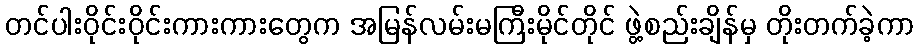
တင်ပါးဝိုင်းဝိုင်းကားကားတွေက အမြန်လမ်းမကြီးမိုင်တိုင် ဖွဲ့စည်းချိန်မှ တိုးတက်ခဲ့ကာ